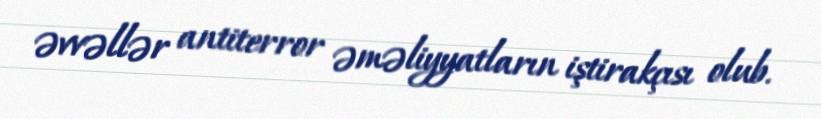
əvvəllər antiterror əməliyyatların iştirakçısı olub.